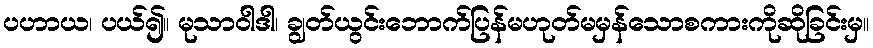
ပဟာယ၊ ပယ်၍။ မုသာဝါဒါ၊ ချွတ်ယွင်းဘောက်ပြန်မဟုတ်မမှန်သောစကားကိုဆိုခြင်းမှ။